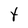
Character: t